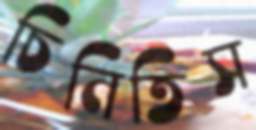
চিনিতিস